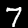
Digit: 7